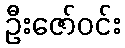
ဦးဇော်ဝင်း